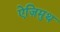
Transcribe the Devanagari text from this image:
ऐज़िमुथ